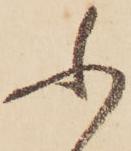
ふ